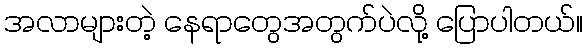
အလာများတဲ့ နေရာတွေအတွက်ပဲလို့ ပြောပါတယ်။